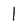
Character: 1